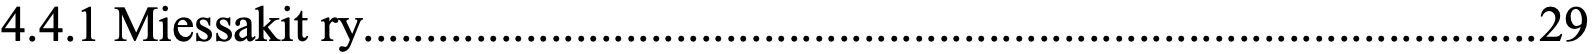
4.4.1 Miessakit ry.............................................................................................. 29